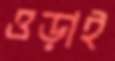
ওড়াই